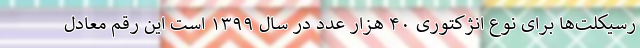
رسیکلت‌ها برای نوع انژکتوری ۴۰ هزار عدد در سال ۱۳۹۹ است این رقم معادل